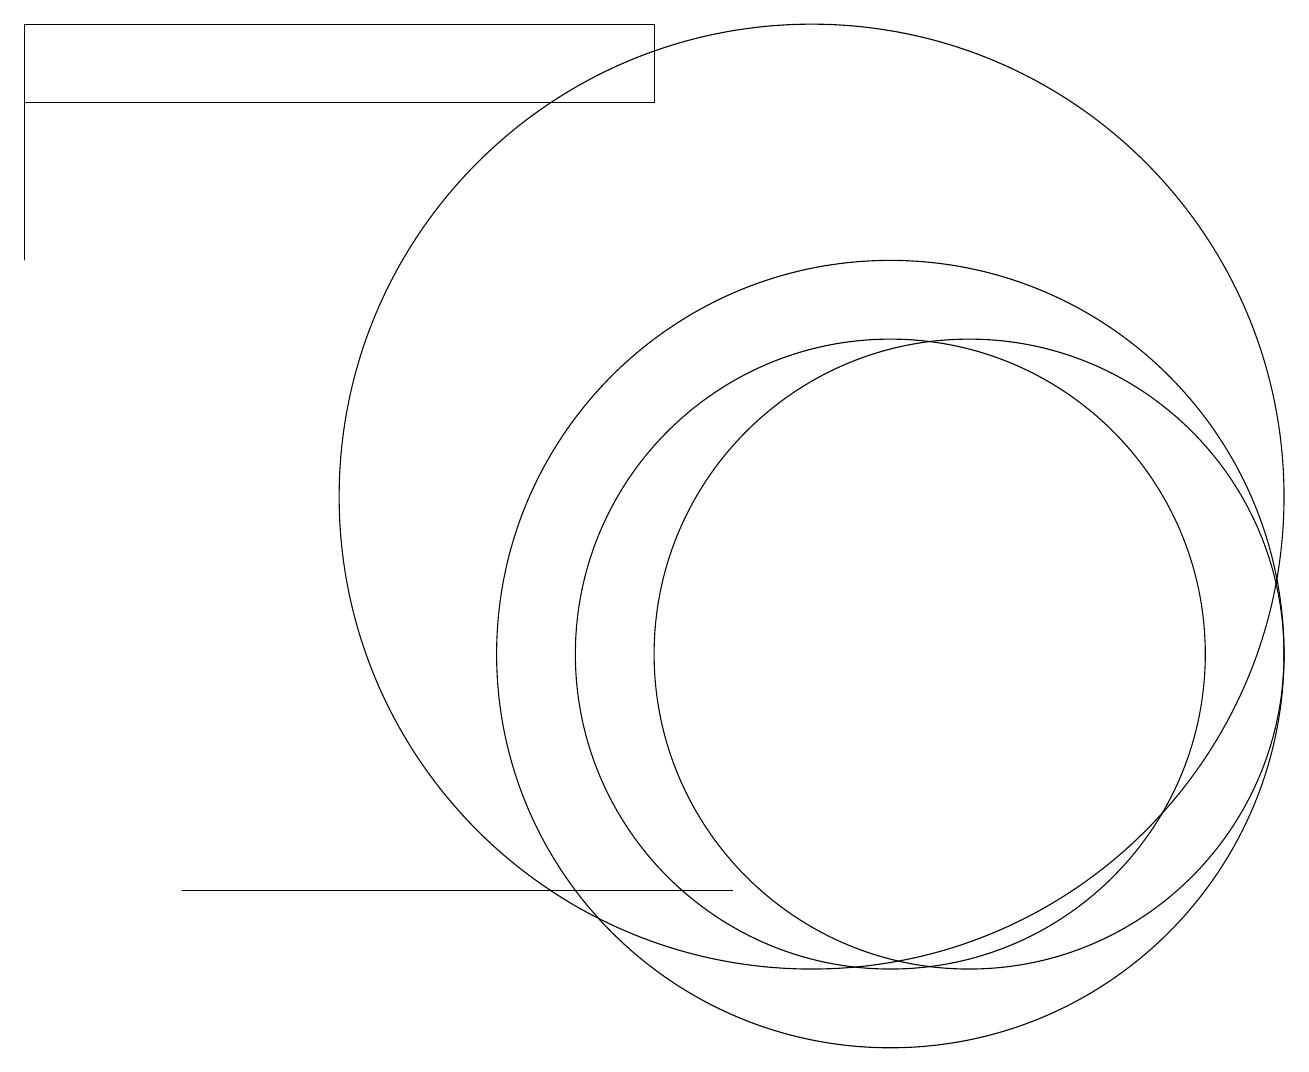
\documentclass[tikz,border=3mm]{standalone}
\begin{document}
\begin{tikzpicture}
\draw (11,10) circle (5);
\draw (0,15) rectangle (0,18);
\draw (11,10) circle (4);
\draw (8,18) rectangle (0,17);
\draw (7,7) -- (2,7) -- (9,7) -- cycle;
\draw (12,10) circle (4);
\draw (10,12) circle (6);
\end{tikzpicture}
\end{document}